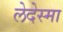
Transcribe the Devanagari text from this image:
लेदेस्मा